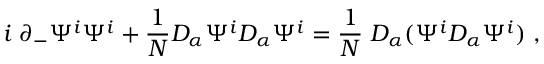
i \; \partial _ { - } \Psi ^ { i } \Psi ^ { i } + { \frac { 1 } { N } } D _ { \alpha } \Psi ^ { i } D _ { \alpha } \Psi ^ { i } = { \frac { 1 } { N } } \; D _ { \alpha } ( \Psi ^ { i } D _ { \alpha } \Psi ^ { i } ) \; ,